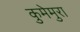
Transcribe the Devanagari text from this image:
कुमेमुरा